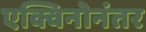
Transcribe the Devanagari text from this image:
एक्विनोनंतर